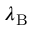
\lambda _ { \mathrm { B } }